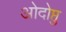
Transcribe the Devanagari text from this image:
ओदोप्तु